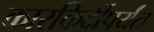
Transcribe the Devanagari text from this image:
कारकिर्दीपर्यंत